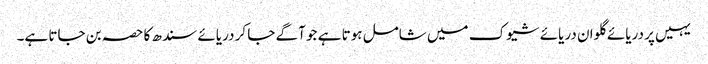
یہیں پر دریائے گلوان دریائے شیوک میں شامل ہوتا ہے جو آگے جا کر دریائے سندھ کا حصہ بن جاتا ہے۔